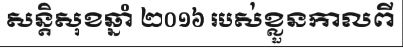
សន្តិសុខឆ្នាំ ២០១៦ របស់ខ្លួនកាលពី